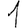
Digit: 1